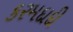
કરમદાદી